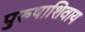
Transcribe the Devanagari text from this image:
पुरुषाशिवाय